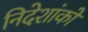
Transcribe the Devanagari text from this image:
निदेशांकों